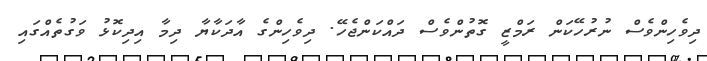
ދިވެހިންވެސް ނުރުހޭކަން ރަމްޒީ ގޮތުންވެސް ދައްކަންޖެހޭ. ދިވެހިންގެ އާދަކާޔާ ދިމާ އިދިކޮޅު ވަގުތެއްގައި